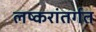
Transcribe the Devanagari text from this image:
लष्करांतर्गत